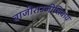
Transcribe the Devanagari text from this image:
बाजीराउजीशिवाय